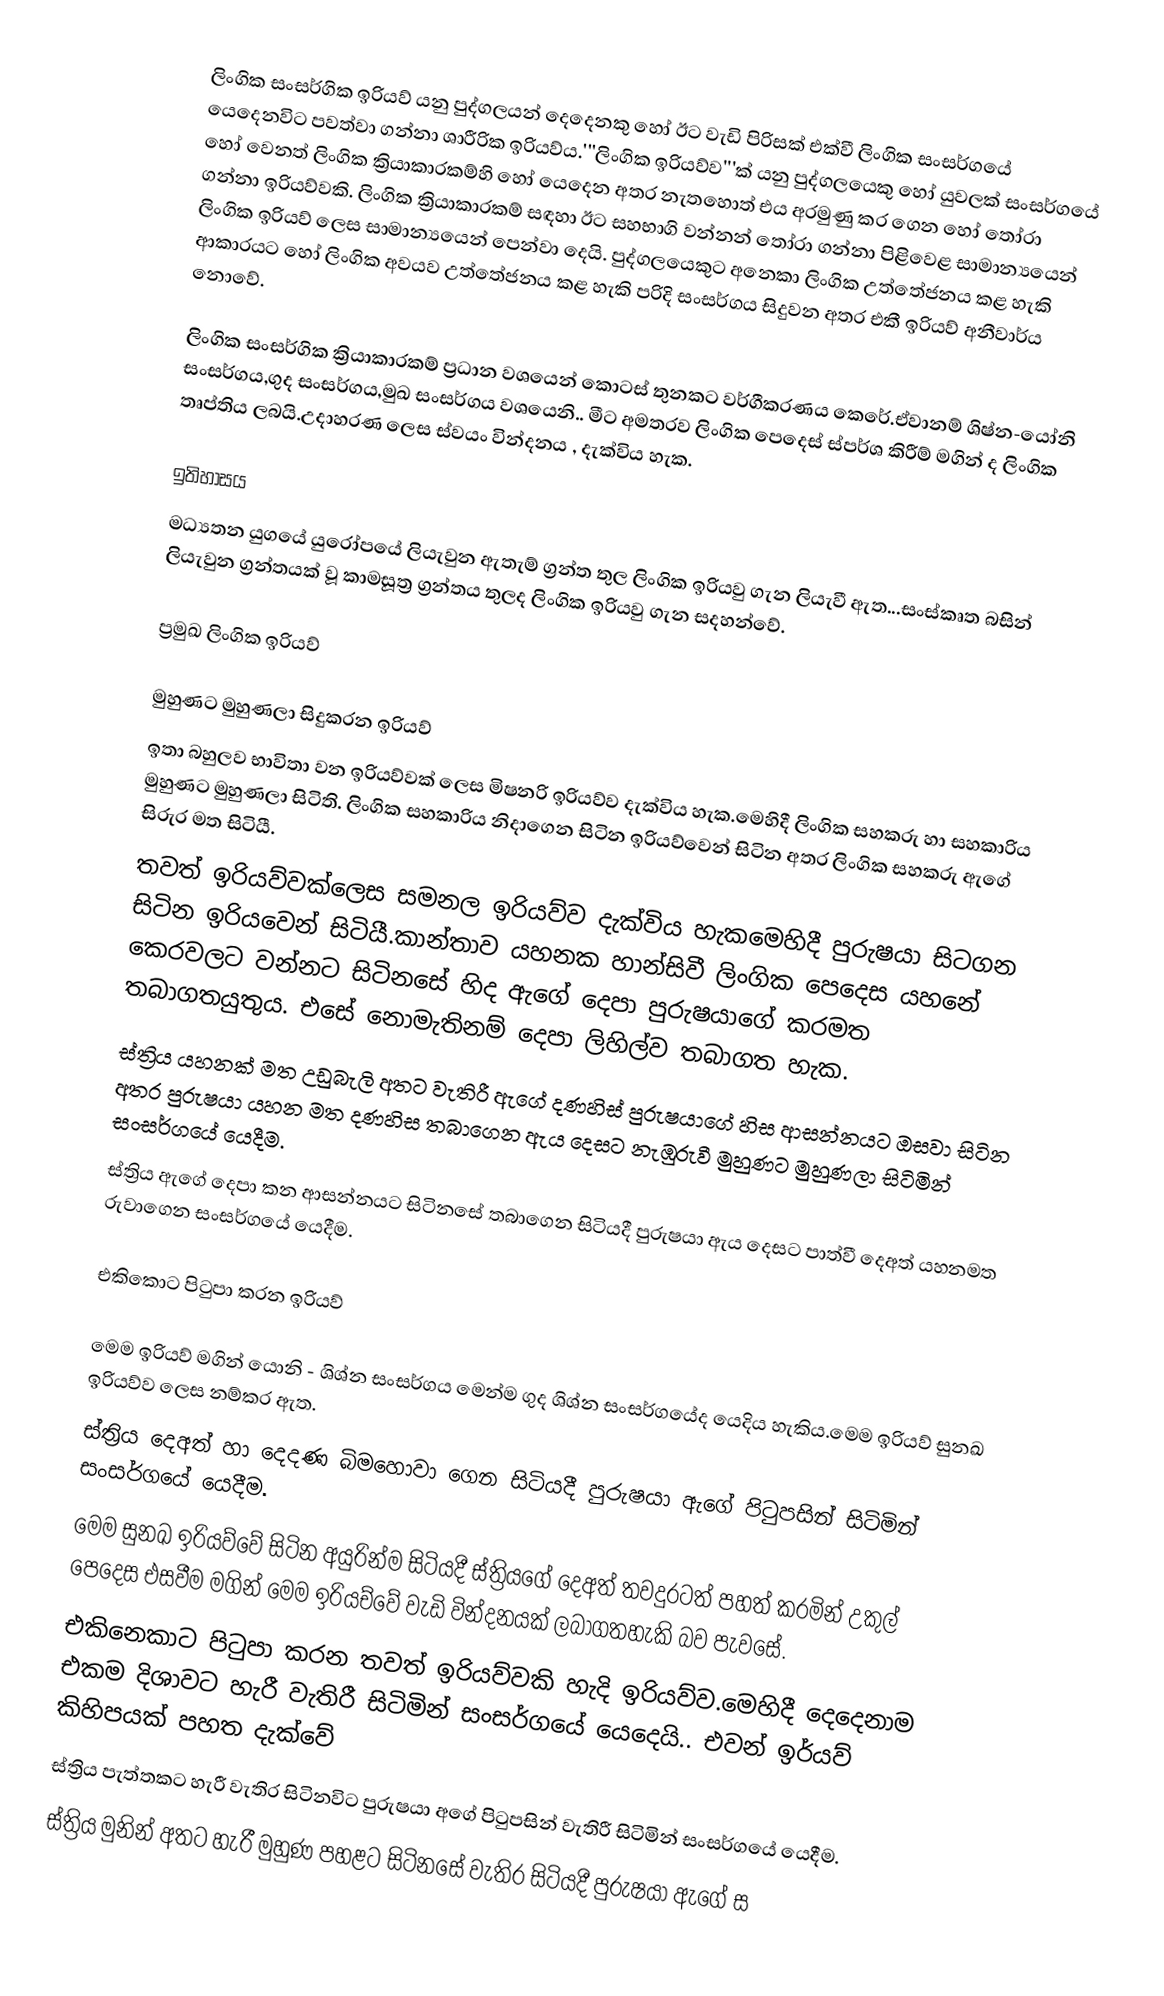
ලිංගික සංසර්ගික ඉරියව් යනු පුද්ගලයන් දෙදෙනකු හෝ ඊට වැඩි පිරිසක් එක්වී ලිංගික සංසර්ගයේ යෙදෙනවිට පවත්වා ගන්නා ශාරීරික ඉරියව්ය.'''ලිංගික ඉරියව්ව'''ක් යනු පුද්ගලයෙකු හෝ යුවලක් සංසර්ගයේ හෝ වෙනත් ලිංගික ක්‍රියාකාරකම්හි හෝ යෙදෙන අතර නැතහොත් එය අරමුණු කර ගෙන හෝ තෝරා ගන්නා ඉරියව්වකි. ලිංගික ක්‍රියාකාරකම් සඳහා ඊට සහභාගි වන්නන් තෝරා ගන්නා පිළිවෙළ සාමාන්‍යයෙන් ලිංගික ඉරියව් ලෙස සාමාන්‍යයෙන් පෙන්වා දෙයි. පුද්ගලයෙකුට අනෙකා ලිංගික උත්තේජනය කළ හැකි ආකාරයට හෝ ලිංගික  අවයව උත්තේජනය කළ හැකි පරිදි සංසර්ගය සිදුවන අතර එකී ඉරියව් අනීවාර්ය නොවේ.

ලිංගික සංසර්ගික ක්‍රියාකාරකම් ප්‍රධාන වශයෙන් කොටස් තුනකට වර්ගීකරණය කෙරේ.ඒවානම් ශිෂ්න-යෝනි සංසර්ගය,ගුද සංසර්ගය,මුඛ සංසර්ගය  වශයෙනි.. මීට අමතරව ලිංගික පෙදෙස් ස්පර්ශ කිරීම් මගින් ද ලිංගික තෘප්තිය ලබයි.උදාහරණ ලෙස ස්වයං වින්දනය , දැක්විය හැක.

ඉතිහාසය
මධ්‍යතන යුගයේ යුරෝපයේ ලියැවුන ඇතැම් ග්‍රන්ත තුල ලිංගික ඉරියවු ගැන ලියැවී ඇත...සංස්කෘත බසින් ලියැවුන  ග්‍රන්තයක් වූ කාමසූත්‍ර ග්‍රන්තය තුලද ලිංගික ඉරියවු ගැන සදහන්වේ.

ප්‍රමුඛ ලිංගික ඉරියව්

මුහුණට මුහුණලා සිදුකරන ඉරියව්
ඉතා බහුලව භාවිතා වන ඉරියව්වක් ලෙස මිෂනරි ඉරියව්ව  දැක්විය හැක.මෙහිදී ලිංගික සහකරු හා සහකාරිය මුහුණට මුහුණලා සිටිති. ලිංගික සහකාරිය නිදාගෙන සිටින ඉරියව්වෙන් සිටින අතර ලිංගික සහකරු ඇගේ සිරුර මත සිටියී.
තවත් ඉරියව්වක්ලෙස සමනල ඉරියව්ව දැක්විය හැකමෙහිදී පුරුෂයා සිටගන සිටින ඉරියවෙන් සිටියී.කාන්තාව යහනක හාන්සිවී ලිංගික පෙදෙස යහනේ කෙරවලට වන්නට සිටිනසේ හිද ඇගේ දෙපා පුරුෂයාගේ කරමත තබාගතයුතුය. එසේ නොමැතිනම් දෙපා ලිහිල්ව තබාගත හැක.
 ස්ත්‍රිය යහනක් මත උඩුබැලි අතට වැතිරී ඇගේ දණහිස් පුරුෂයාගේ හිස ආසන්නයට ඔසවා සිටින අතර පුරුෂයා යහන මත දණහිස තබාගෙන ඇය දෙසට නැඹුරුවී මුහුණට මුහුණලා සිටිමින් සංසර්ගයේ යෙදීම.
 ස්ත්‍රිය ඇගේ දෙපා කන ආසන්නයට සිටිනසේ තබාගෙන සිටියදී පුරුෂයා ඇය දෙසට පාත්වී දෙඅත් යහනමත රුවාගෙන සංසර්ගයේ යෙදීම.

එකිකොට පිටුපා කරන ඉරියව්

මෙම ඉරියව් මගින් යොනි - ශිශ්න සංසර්ගය මෙන්ම ගුද ශිශ්න සංසර්ගයේද යෙදිය හැකිය.මෙම ඉරියව් සුනඛ ඉරියව්ව ලෙස නම්කර ඇත.
 ස්ත්‍රිය දෙඅත් හා දෙදණ බිමහොවා ගෙන සිටියදී පුරුෂයා ඇගේ පිටුපසින් සිටිමින් සංසර්ගයේ යෙදීම.
 මෙම සුනඛ ඉරියව්වේ සිටින අයුරින්ම සිටියදී ස්ත්‍රියගේ දෙඅත් තවදුරටත් පහත් කරමින් උකුල් පෙදෙස එසවීම මගින් මෙම ඉරියච්වේ වැඩි වින්දනයක් ලබාගතහැකි බව පැවසේ.
එකිනෙකාට පිටුපා කරන තවත් ඉරියව්වකි හැදි ඉරියව්ව.මෙහිදී දෙදෙනාම එකම දිශාවට හැරී වැතිරී සිටිමින් සංසර්ගයේ යෙදෙයි.. එවන් ඉර්යව් කිහිපයක් පහත දැක්වේ
 ස්ත්‍රිය පැත්තකට හැරී වැතිර සිටිනවිට පුරුෂයා අගේ පිටුපසින් වැතිරී සිටිමින් සංසර්ගයේ යෙදීම.
 ස්ත්‍රිය මුනින් අතට හැරී මුහුණ පහළට සිටිනසේ වැතිර සිටියදී පුරුෂයා ඇගේ ස